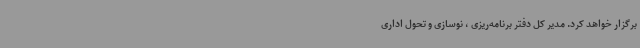
برگزار خواهد کرد. مدیر کل دفتر برنامه‌ریزی ، نوسازی و تحول اداری